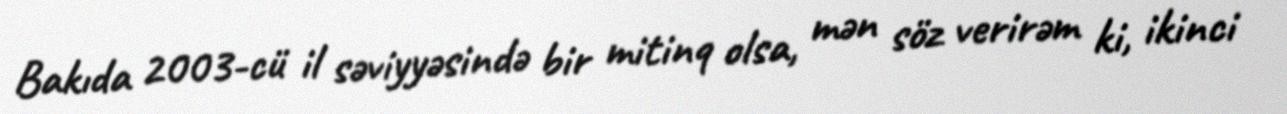
Bakıda 2003-cü il səviyyəsində bir mitinq olsa, mən söz verirəm ki, ikinci